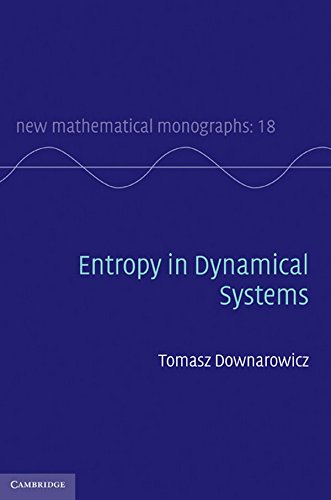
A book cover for Entropy in Dynamical Systems (New Mathematical Monographs, Vol. 18); Tomasz Downarowicz; Science & Math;